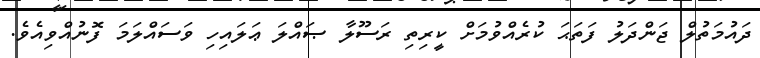
ދައުމަތުލް ޖަންދަލު ފަތަޙަ ކުރެއްވުމަށް ކީރިތި ރަސޫލާ ޞައްލަ ޢަލައިހި ވަސައްލަމަ ފޮނުއްވިއެވެ.